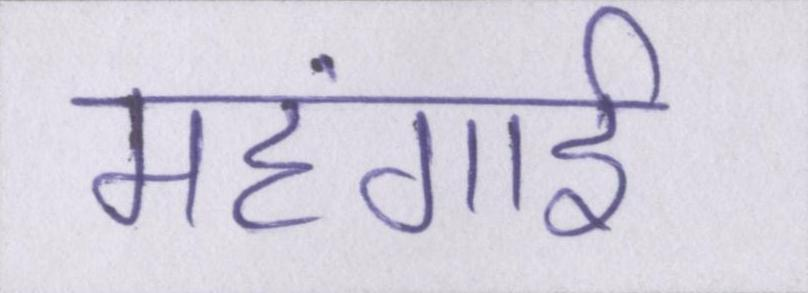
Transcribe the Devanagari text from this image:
महंगार्इ